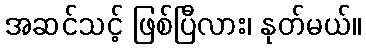
အဆင်သင့် ဖြစ်ပြီလား၊ နုတ်မယ်။